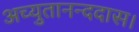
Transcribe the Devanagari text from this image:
अच्युतानन्ददास।